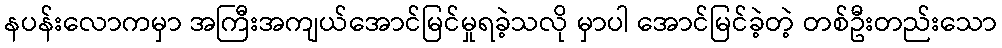
နပန်းလောကမှာ အကြီးအကျယ်အောင်မြင်မှုရခဲ့သလို မှာပါ အောင်မြင်ခဲ့တဲ့ တစ်ဦးတည်းသော